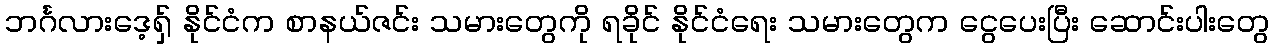
ဘင်္ဂလားဒေ့ရှ် နိုင်ငံက စာနယ်ဇင်း သမားတွေကို ရခိုင် နိုင်ငံရေး သမားတွေက ငွေပေးပြီး ဆောင်းပါးတွေ